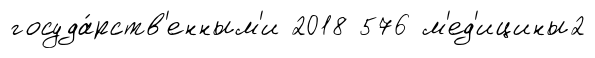
госуда́рств'енным'и 2018 576 м'ед'ицины2